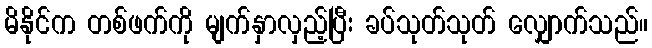
မိနိုင်က တစ်ဖက်ကို မျက်နှာလှည့်ပြီး ခပ်သုတ်သုတ် လျှောက်သည်။